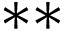
* *